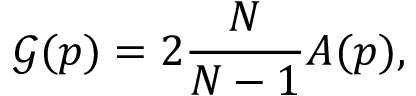
\mathcal { G } ( \boldsymbol { p } ) = 2 \frac { N } { N - 1 } A ( \boldsymbol { p } ) ,